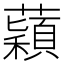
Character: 蘔